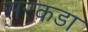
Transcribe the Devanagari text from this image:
सरकडा